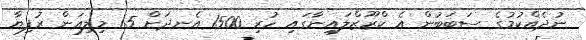
ނުދެއްކުމުގެ ސަބަބުން އެ ކްރޫޒްލައިނާގައި ހުރި 1500 އެނދަށް 1.5 މިލިއަން ރުފިޔާ